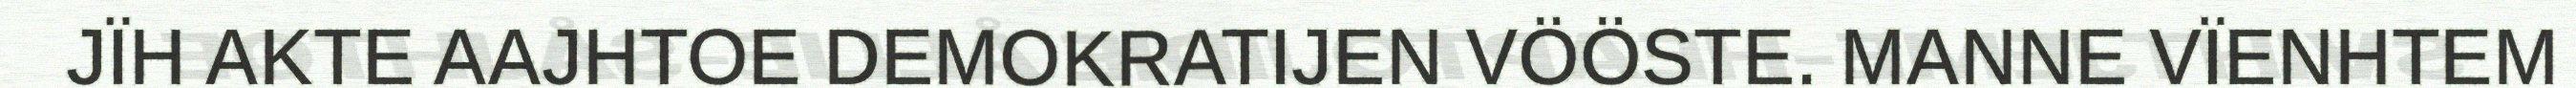
JÏH AKTE AAJHTOE DEMOKRATIJEN VÖÖSTE. MANNE VÏENHTEM